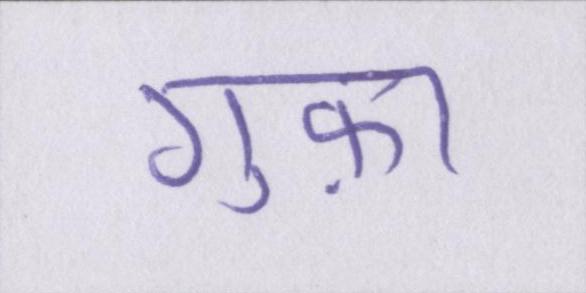
गुफ़ा